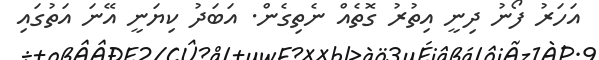
އަހަރު ފޯނު ދިނީ އިތުރު ގޮތެއް ނެތިގެން. އަބަދު ކިޔަނީ އޭނަ އަތުގައި